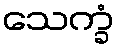
သေက္ခံ